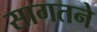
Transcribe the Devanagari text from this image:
सागतने